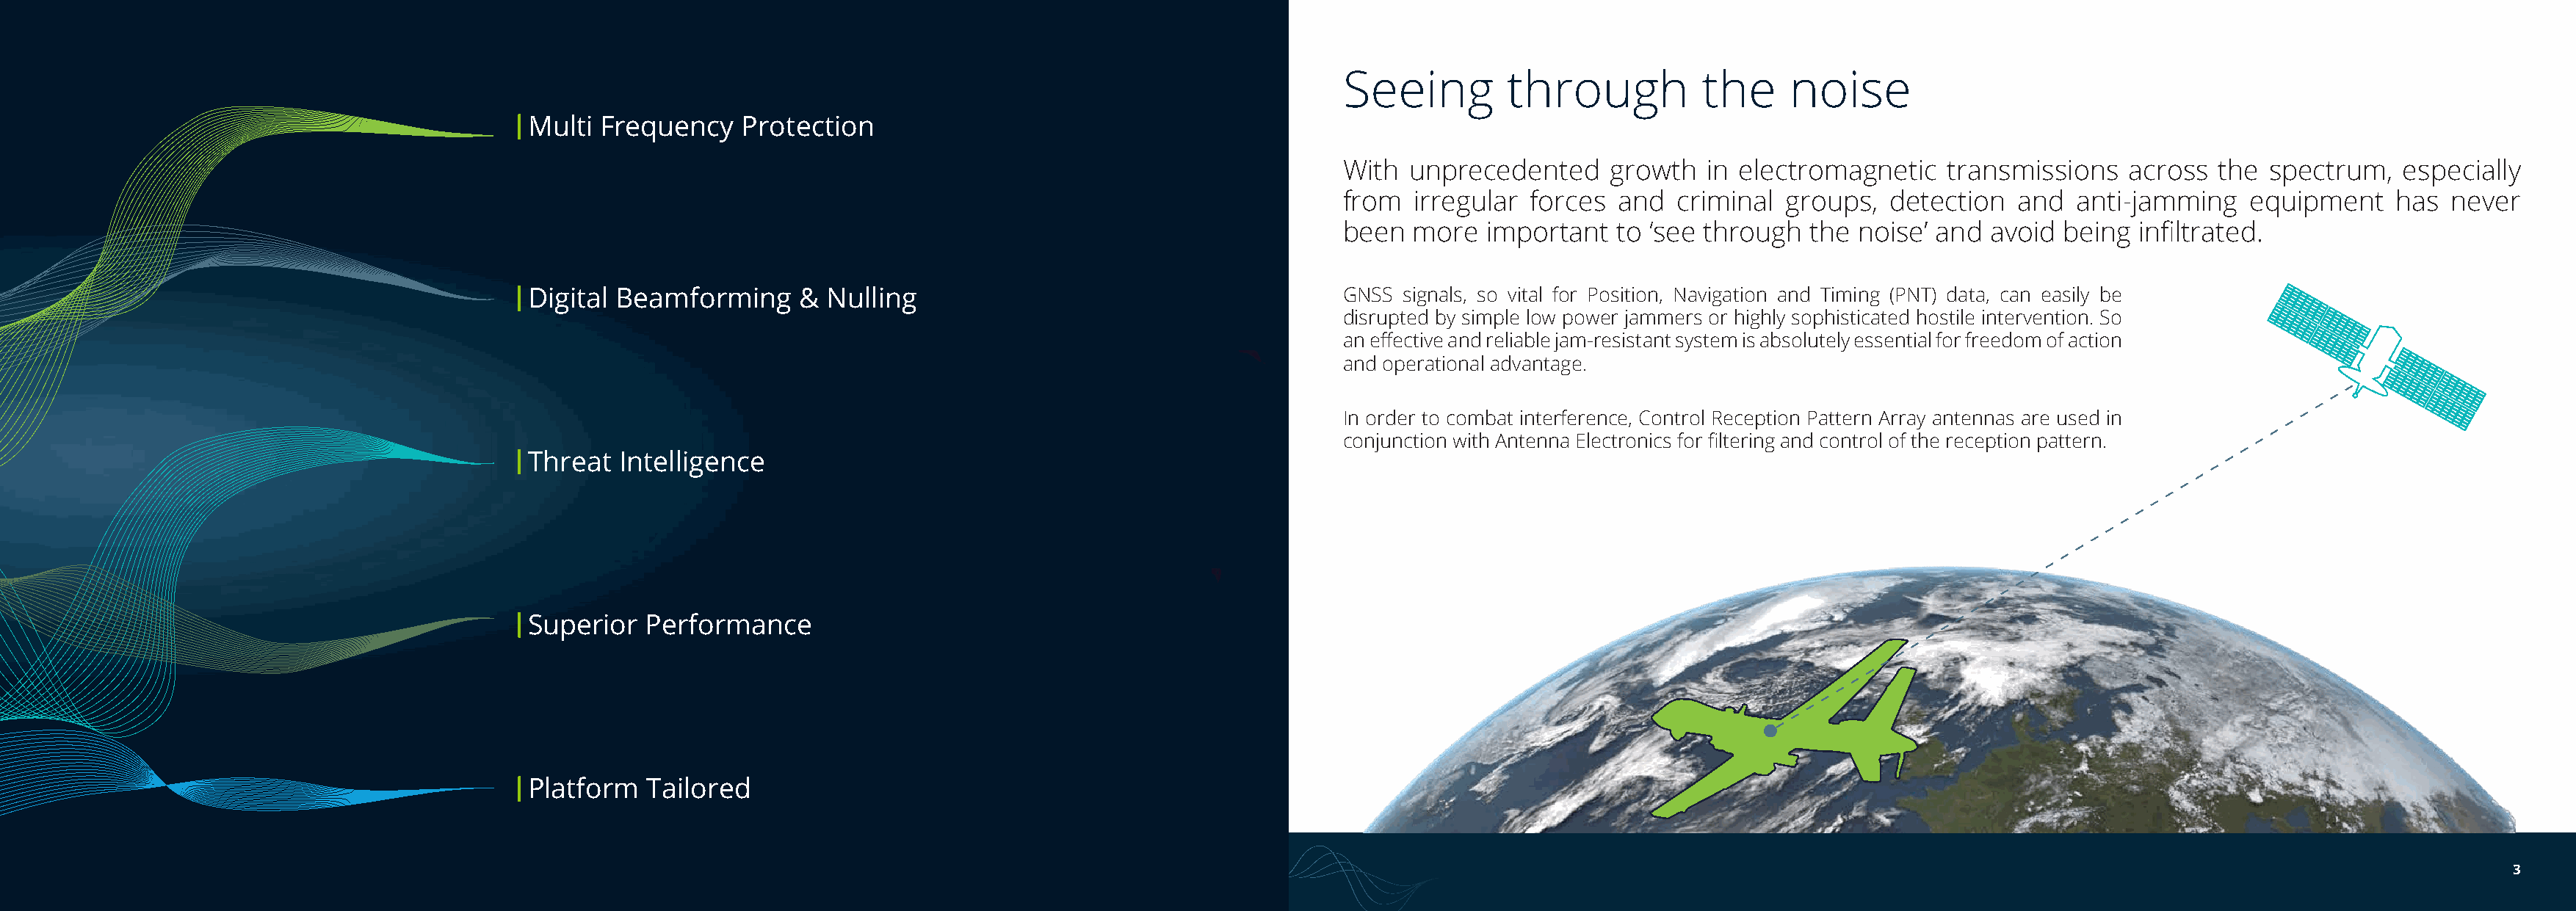
Seeing         through          the     noise
 Multi Frequency    Protection
 With  unprecedented     growth   in electromagnetic    transmissions   across  the  spectrum,   especially
 from  irregular  forces  and  criminal  groups,  detection   and  anti-jamming    equipment    has  never
 been  more   important   to ‘see through  the noise’ and  avoid  being  infiltrated.
 Digital Beamforming     &  Nulling                                       GNSS  signals, so vital for Position, Navigation and Timing (PNT) data, can easily be
 disrupted by simple low power jammers or highly sophisticated hostile intervention. So
 an effective and reliable jam-resistant system is absolutely essential for freedom of action
 and operational advantage.
 In order to combat interference, Control Reception Pattern Array antennas are used in
 conjunction with Antenna Electronics for filtering and control of the reception pattern.
 Threat  Intelligence
 Superior  Performance
 Platform  Tailored
 3